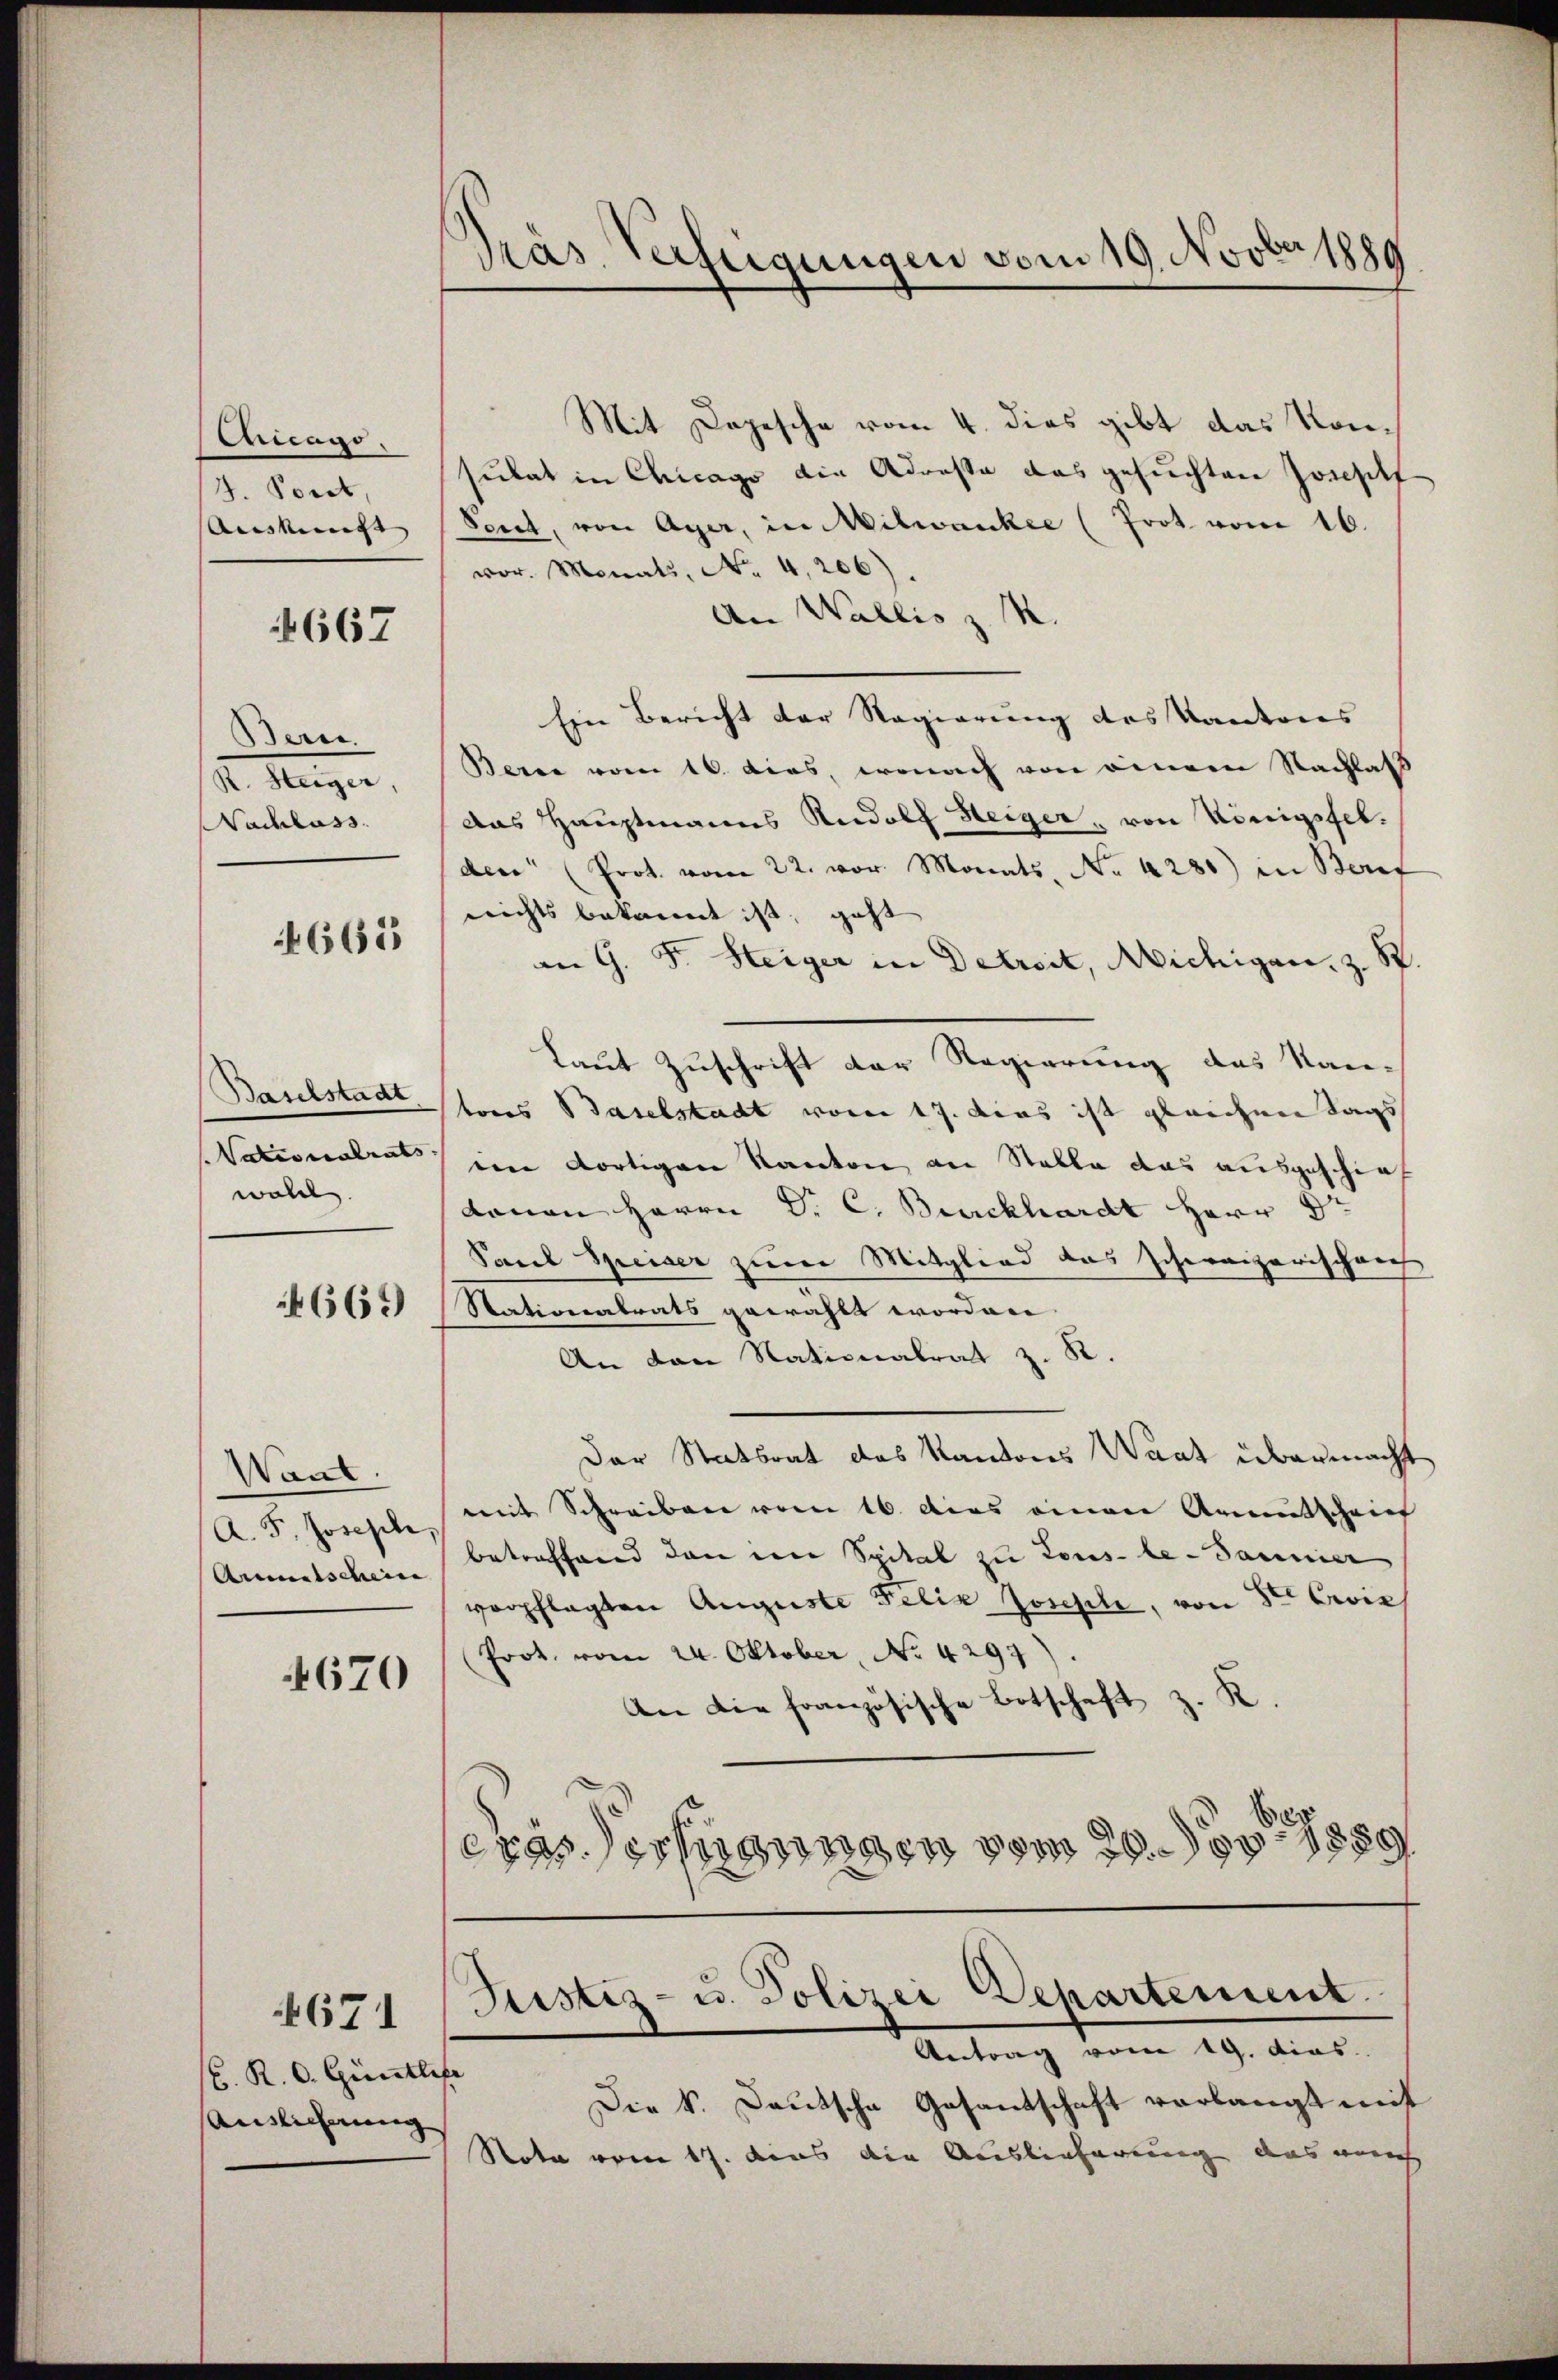
Centrags.
J. Poret,
Auskunft |

4667

Bern.
. Augen,
Nachlass
665

Baselstadt
Nationalrats |
woll

665

Want.
A. F. Josefele,
Aumitschein

4670

671

C. R. C. Güntli
Auslicherung

Pras. Verfügungen vom 19. Novbetpo

Mit Depesche vom 4. dies gibt das Konsulat in Chicago die Adresse das gesuchten Josephf
Peret, von Ager, in Milwankee (Prot vom 16.
vor. Monats, No. 4,206)
An Wallis z. R.
Eine Bericht der Regierung des Kantons
Berne vom 16. dies, wonach von einem Nachlaß
Das Hauptmanns Rudolf Steiger, von Königsfelden (Prot. vom 22. vor. Monats No. 4280) in Beruf
nichts bekannt ist, geht
an G. F. Steiger in Detreit, Michigan, z. S.
Laut Zuschrift der Regierung des Kan-
tores Baselstadt vom 17. das ist gleichen Tags
een dortigen Kanton an Stalle das ausgeschief
danen Herrn Dr. C. Burckhardt Herr Dr
Paul Speiser zum Mitglied das schweizerischen
Stationalrats gewählt worden
An den Nationalrat z. R.
Der Statsrat des Kantons Waat übermacht
mit Schreiben vom 16. dies einen Armutschei
betreffend den eine Spital zu Lous-le-Bannier
verpflegten Auguste Felix Josephe, von Ster Civil
(Prot. vom 24. Oktober, No. 4297)
An die französische Botschaft z. K.
eras Verfügungen vom 20. 1889
Justiz- u. Polizei Departement.
Antrag vom 19. dies
s
Die k. Deutsche Gesandschaft verlangt mit
Note vom 17. dens die Auslieferung das auch